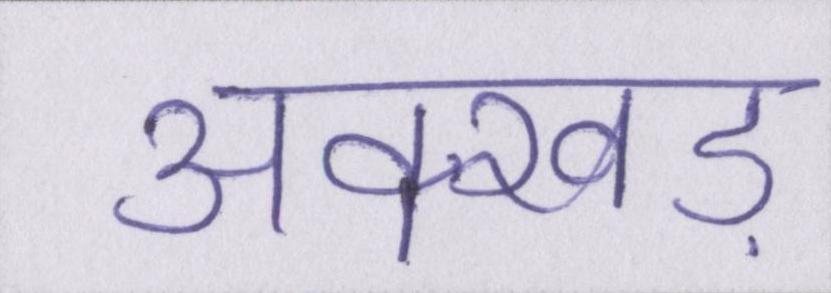
अक्खड़